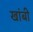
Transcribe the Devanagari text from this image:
खांबी